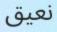
نعيق